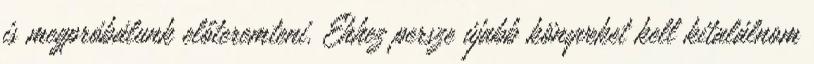
is megpróbálunk előteremteni. Ehhez persze újabb könyveket kell kitalálnom